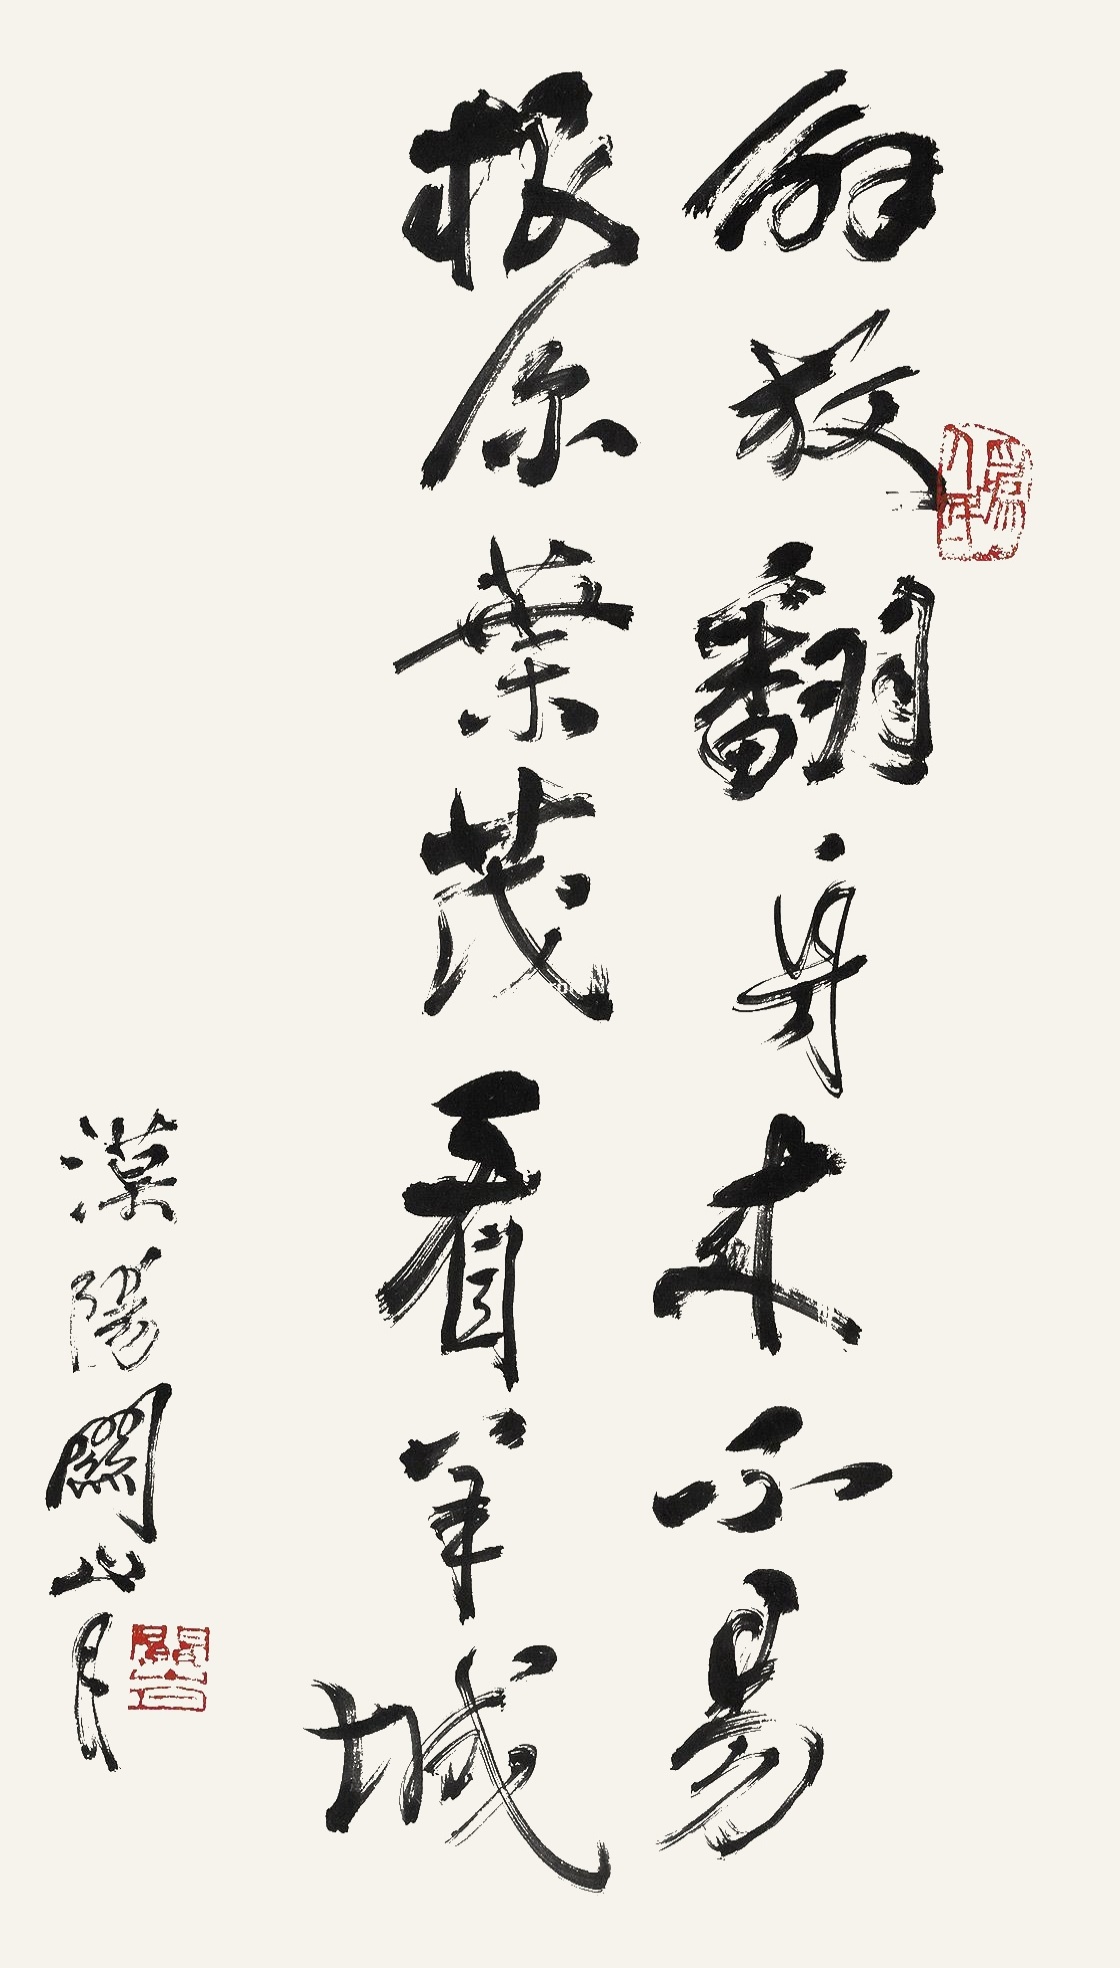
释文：解放翻身本不易，根深叶茂看羊城。漠阳关山月。